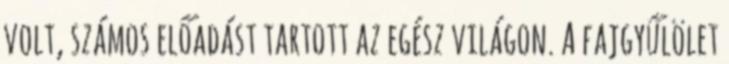
volt, számos előadást tartott az egész világon. A fajgyűlölet